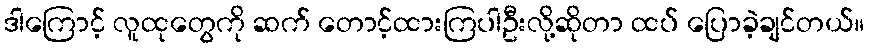
ဒါကြောင့် လူထုတွေကို ဆက် တောင့်ထားကြပါဦးလို့ဆိုတာ ထပ် ပြောခဲ့ချင်တယ်။